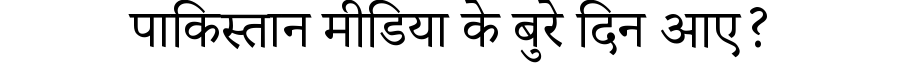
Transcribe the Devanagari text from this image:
पाकिस्तान मीडिया के बुरे दिन आए?